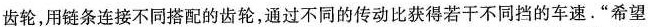
齿轮，用链条连接不同搭配的齿轮，通过不同的传动比获得若干不同挡的车速。”希望